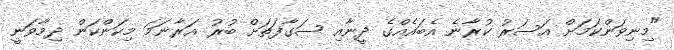
"މިނިވަންކަމަށް އަސަރު ކުރާނެ އެބައެއްގެ ދީނާއި ސަގާފަތަށް ބުރު އަރާނަމަ މިކަންކަން ދިމާވަނީ